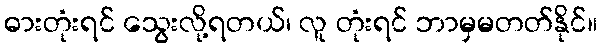
ဓားတုံးရင် သွေးလို့ရတယ်၊ လူ တုံးရင် ဘာမှမတတ်နိုင်။